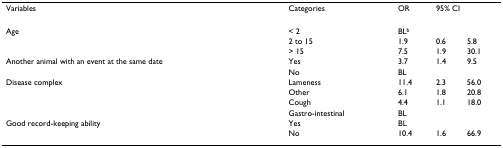
| Variables | Categories | OR | <COLSPAN=2> 95% CI |
 | --- | --- | --- | --- | --- |
 | Age | < 2 | BLb |  |  |
 |  | 2 to 15 | 1.9 | 0.6 | 5.8 |
 |  | > 15 | 7.5 | 1.9 | 30.1 |
 | Another animal with an event at the same date | Yes | 3.7 | 1.4 | 9.5 |
 |  | No | BL |  |  |
 | Disease complex | Lameness | 11.4 | 2.3 | 56.0 |
 |  | Other | 6.1 | 1.8 | 20.8 |
 |  | Cough | 4.4 | 1.1 | 18.0 |
 |  | Gastro-intestinal | BL |  |  |
 | Good record-keeping ability | Yes | BL |  |  |
 |  | No | 10.4 | 1.6 | 66.9 |